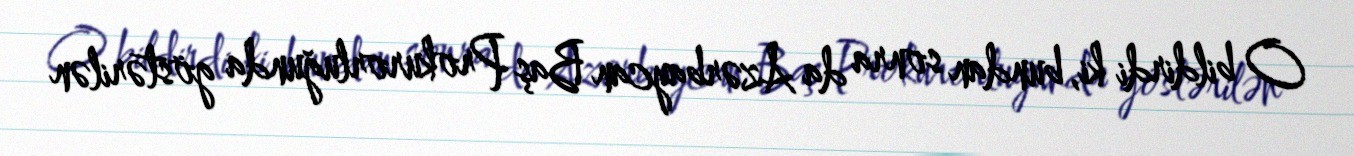
O bildirdi ki, bundan sonra da Azərbaycan Baş Prokurorluğunda göstərilən